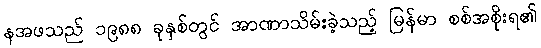
နအဖသည် ၁၉၈၈ ခုနှစ်တွင် အာဏာသိမ်းခဲ့သည့် မြန်မာ စစ်အစိုးရ၏